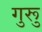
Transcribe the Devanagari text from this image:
गुरूु